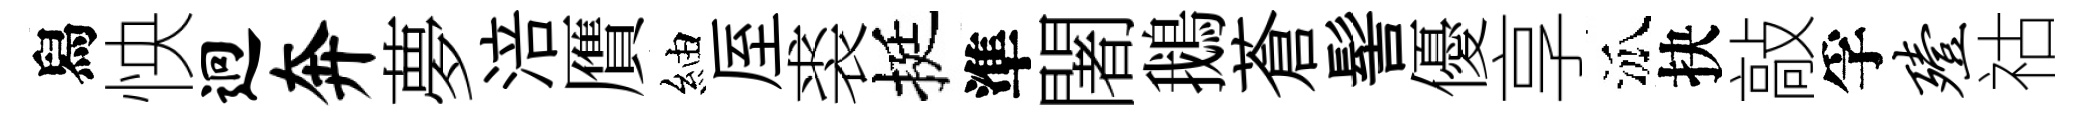
舄怏迥奔夢涪贋紬厔裘挺準闍鵝蒼髻優享泒抉敲孚殪祜